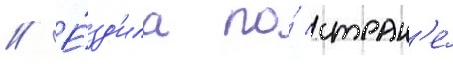
// Е́зд'ила по́ стран'е́